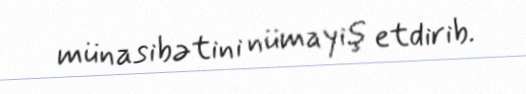
münasibətini nümayiş etdirib.